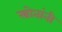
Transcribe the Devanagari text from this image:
स्त्रोतांनी